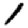
Digit: 1